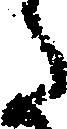
た